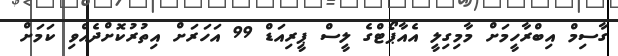
ގާސިމް އިބްރާހީމަށް މާމިގިލީ އެއާޕޯޓްގެ ލީސް ޕީރިއަޑް 99 އަހަރަށް އިތުރުކޮށްދެއްވި ކަމަށް